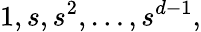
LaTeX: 1,s,s^{2},\ldots,s^{d-1},